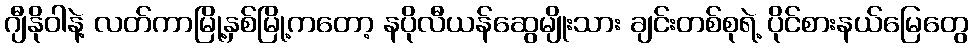
ဂျီနိုဝါနဲ့ လတ်ကာမြို့နှစ်မြို့ကတော့ နပိုလီယန်ဆွေမျိုးသား ချင်းတစ်စုရဲ့ ပိုင်စားနယ်မြေတွေ